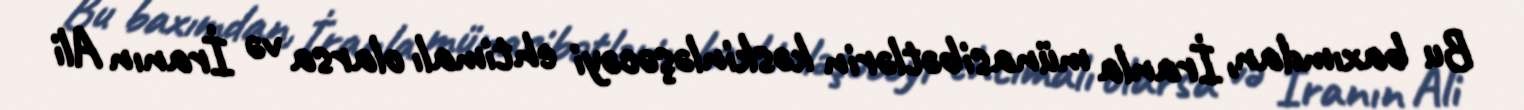
Bu baxımdan, İranla münasibətlərin kəskinləşəcəyi ehtimalı olarsa və İranın Ali